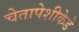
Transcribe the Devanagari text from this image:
चेतापेशीकेडे